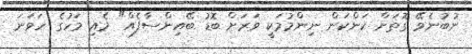
ނުބުނެވޭ ގޮތަށް ކަންކަން ނިންމުމަކީ ވަރަށް ބޮޑު ބޭއިންސާފެއް" މެއި މަހުގެ ހަވަނަ